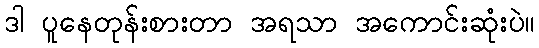
ဒါ ပူနေတုန်းစားတာ အရသာ အကောင်းဆုံးပဲ။